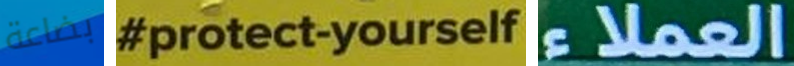
بضاعة protect-yourself العملاء